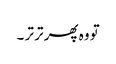
تو وہ پھر تر تر ۔